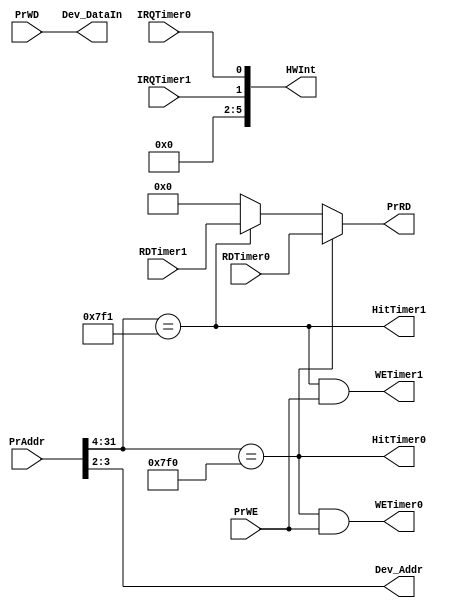
`timescale 1ns / 1ps
//////////////////////////////////////////////////////////////////////////////////
// Company: 
// Engineer: 
// 
// Design Name: 
// Module Name:    Bridge 
// Project Name: 
// Target Devices: 
// Tool versions: 
// Description: 
//
// Dependencies: 
//
// Revision: 
// Revision 0.01 - File Created
// Additional Comments: 
//
//////////////////////////////////////////////////////////////////////////////////
module Bridge(
	 input  [31:0] PrAddr,       //32
	 input  [31:0] PrWD,         //CPUBridge
	 input  PrWE,                //CPU
	 input  [31:0] RDTimer0,     //0
	 input  [31:0] RDTimer1,     //1
	 input  IRQTimer0,           //0
	 input  IRQTimer1,           //1
	 output  [31:0] Dev_DataIn,
	 output  [31:0] PrRD,        //CPUBridge
	 output  [7:2] HWInt,        //6
	 output  [3:2] Dev_Addr,     //
	 output  HitTimer0,          //0
	 output  HitTimer1,          //1
	 output  WETimer0,           //0
	 output  WETimer1            //1
    );
	 
	 assign Dev_DataIn = PrWD;                              //Dev_DataIn
	 
	 assign PrRD = HitTimer0 ? RDTimer0 :                   //PrRD
						HitTimer1 ? RDTimer1 :
												 0 ;
												 
	 assign HWInt = {4'b0,IRQTimer1,IRQTimer0};             //HWInt
												 
	 assign Dev_Addr = PrAddr[3:2];                         //Dev_Addr
	 
	 assign HitTimer0 = (PrAddr[31:4] == 28'h0000_7F0),     //HitTimer0
			  HitTimer1 = (PrAddr[31:4] == 28'h0000_7F1);     //HitTimer1
	 
	 assign WETimer0 = HitTimer0 && PrWE,                   //WETimer0
			  WETimer1 = HitTimer1 && PrWE;                   //WETimer1

endmodule